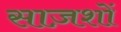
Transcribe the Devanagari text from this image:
साज़शों